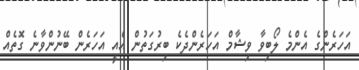
އަހަރެންގެ އެންމެ ލޯބިވާ ވިޝާމް އަހަރެންދެކެ ބިރުގަތުން އެއީ އަހަރެން ބޭނުންވާނެ ގޮތެއް